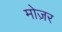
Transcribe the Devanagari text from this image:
मोज़र